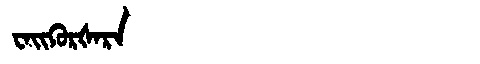
Manchu: ᠸᠠᡳᡴᡠᡵᡧᠠᡵᠠ
Romanization: WAIKURŠARA